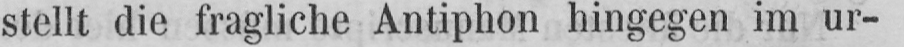
stellt die fragliche Antiphon hingegen im ur-